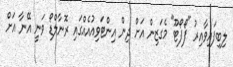
ލިބިފައިވާއިރު "ފޯފޯޓޫ" މެގަޒިން އަށް ދިން އިންޓަވިއުއެއްގައި ރޮނާލްޑޯ ވަނީ އޭނާ އަށް